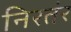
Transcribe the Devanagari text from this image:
निरतंर